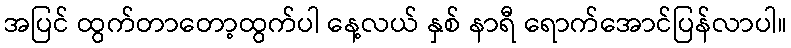
အပြင် ထွက်တာတော့ထွက်ပါ နေ့လယ် နှစ် နာရီ ရောက်အောင်ပြန်လာပါ။